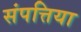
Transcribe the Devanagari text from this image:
संपत्तिया